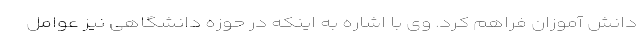
دانش آموزان فراهم کرد. وی با اشاره به اینکه در حوزه دانشگاهی نیز عوامل